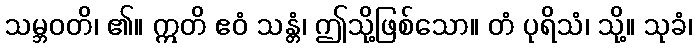
သမ္ဘဝတိ၊ ၏။ ဣတိ ဧဝံ သန္တံ၊ ဤသို့ဖြစ်သော။ တံ ပုရိသံ၊ သို့။ သုခံ၊